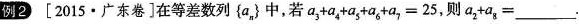
例2 [2015·广东卷]在等差数列{a_{n}}中，若 $$a_{3}+a_{4}+a_{5}+a_{6}+a_{7}=25$$ ，则$$a_{2}+a_{8}=___$$.